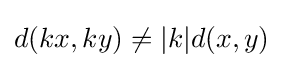
d(kx,ky)\neq |k|d(x,y)